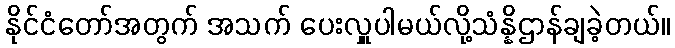
နိုင်ငံတော်အတွက် အသက် ပေးလှူပါမယ်လို့သံန္နိဌာန်ချခဲ့တယ်။